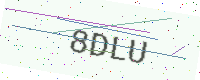
Text: 8DLU